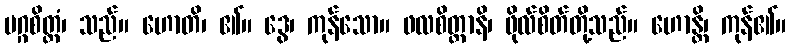
မဂ္ဂစိတ္တံ၊ သည်။ ဟောတိ၊ ၏။ ဒွေ၊ ကုန်သော။ ဖလစိတ္တာနိ၊ ဖိုလ်စိတ်တို့သည်။ ဟောန္တိ၊ ကုန်၏။